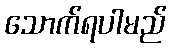
သောက်ရပါမည်